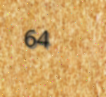
64